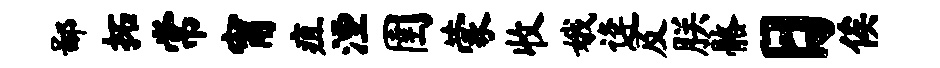
鄙拓常甯疽湮圉蒙收娥逄及朕髂日俟